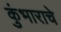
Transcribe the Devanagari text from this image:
कुंभाराचे